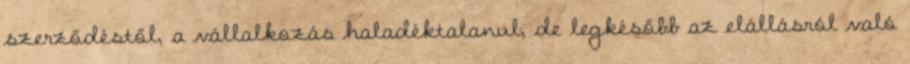
szerződéstől, a vállalkozás haladéktalanul, de legkésőbb az elállásról való